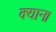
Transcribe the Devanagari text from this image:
क्यान।